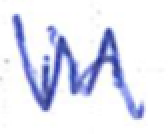
Text: in
Cross-out: zig-zag
Writing tool: ballpoint